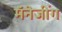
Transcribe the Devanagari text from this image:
मॅनेजींग